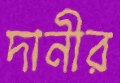
দানীর